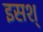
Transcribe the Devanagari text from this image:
इसश्